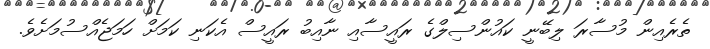
ތެރެއިން މުސާރަ ލިބޭނީ ކައުންސިލްގެ ރައީސާއި ނާއިބު ރައީސް އެކަނި ކަމަށް ހަމަޖެއްސުމަށެވެ.